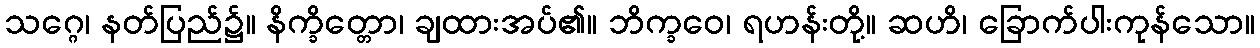
သဂ္ဂေ၊ နတ်ပြည်၌။ နိက္ခိတ္တော၊ ချထားအပ်၏။ ဘိက္ခဝေ၊ ရဟန်းတို့။ ဆဟိ၊ ခြောက်ပါးကုန်သော။